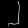
Digit: ၂